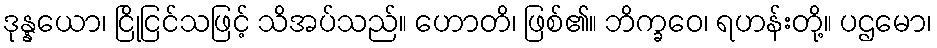
ဒုန္နယော၊ ငြိုငြင်သဖြင့် သိအပ်သည်။ ဟောတိ၊ ဖြစ်၏။ ဘိက္ခဝေ၊ ရဟန်းတို့။ ပဌမော၊